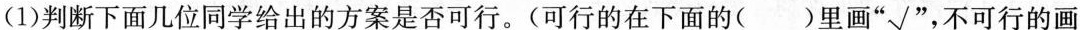
(1)判断下面几位同学给出的方案是否可行。(可行的在下面的( )里画”√”，不可行的画